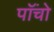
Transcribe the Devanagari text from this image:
पाॅंचो